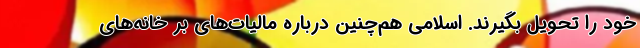
خود را تحویل بگیرند. اسلامی هم‌چنین درباره مالیات‌های بر خانه‌های